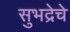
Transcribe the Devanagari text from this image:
सुभद्रेचे